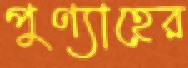
পুণ্যাহের